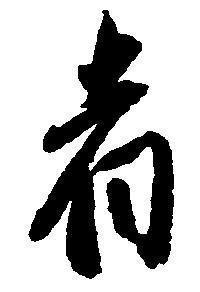
者